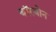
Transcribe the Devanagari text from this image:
बॉरबोन